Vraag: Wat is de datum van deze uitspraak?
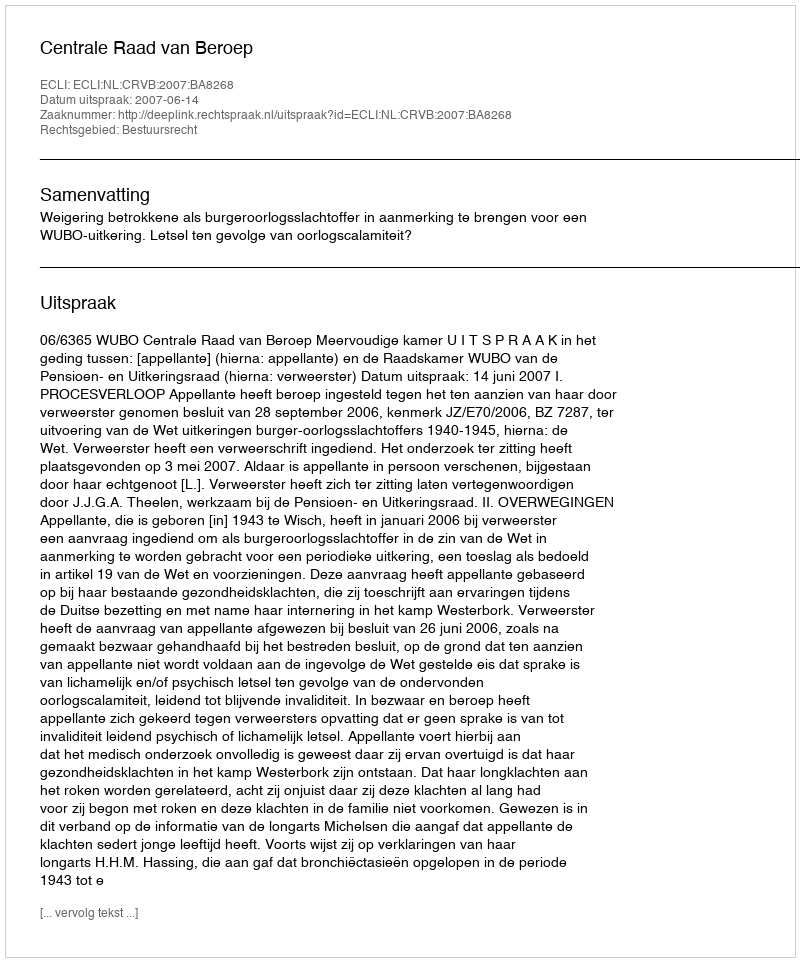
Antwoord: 2007-06-14